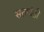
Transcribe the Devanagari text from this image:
सतचंडी